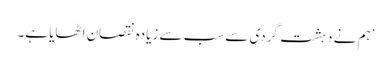
’ہم نے دہشت گردی سے سب سے زیادہ نقصان اٹھایا ہے۔